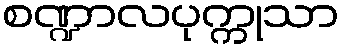
စဏ္ဍာလပုက္ကုသာ